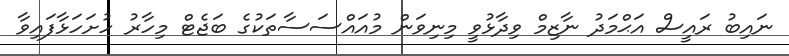
ނައިބު ރައީސް އަޙްމަދު ނާޒިމް ވިދާޅުވީ މިނިވަން މުއައްސަސާތަކުގެ ބަޖެޓް މިހާރު ހުށަހަޅާފައިވާ